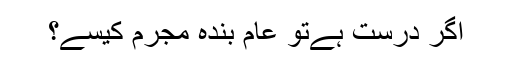
اگر درست ہےتو عام بندہ مجرم کیسے؟